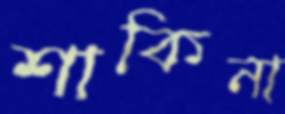
শাকিনা